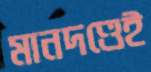
মানদণ্ডেই